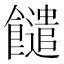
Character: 䭤